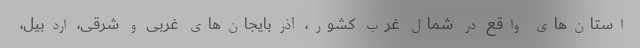
استان‌های واقع در شمال غرب کشور، آذربایجان‌های غربی و شرقی، اردبیل،